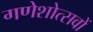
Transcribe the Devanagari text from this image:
गणेशोत्सवों